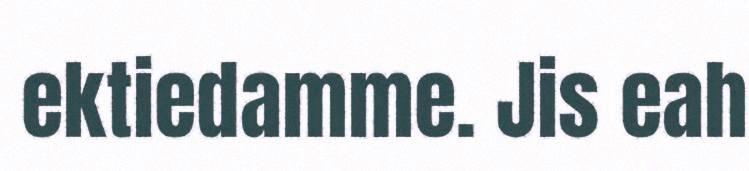
ektiedamme. Jis eah